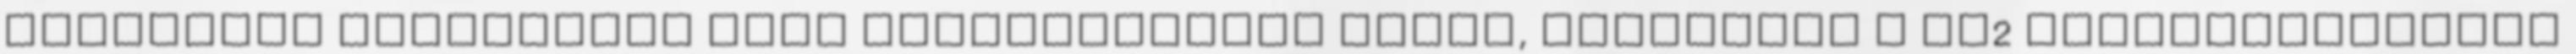
közlemény egyszerűen csak közgazdásznak nevez, valójában a TV2 vezérigazgatója